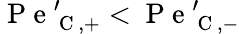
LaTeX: \mathrm{~P~e~}_{\mathrm{~C~},+}^{\prime}<\mathrm{~P~e~}_{\mathrm{~C~},-}^{\prime}